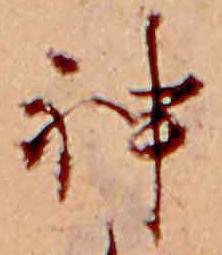
神